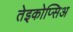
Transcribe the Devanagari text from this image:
तेइकोप्सिअ